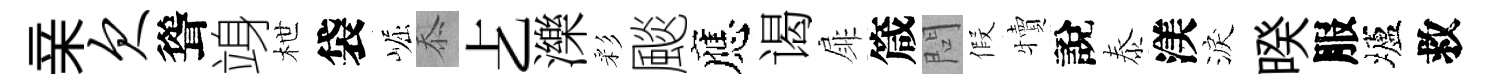
亲欠聳竧枻袋崛忝𠧒濼彩颷應谒扉箴問假犢說泰渼淚暌服壚救